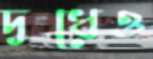
দুধেও